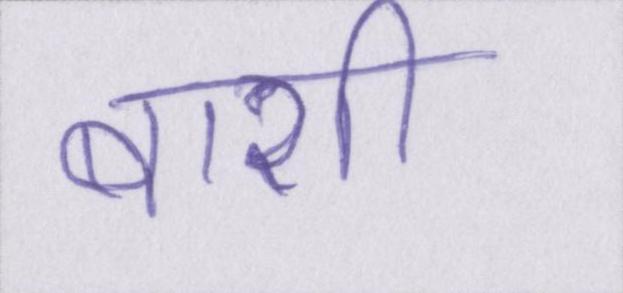
बाशी